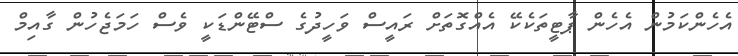
އެހެންކަމުން އެހެން ޕާޓީތަކެކޭ އެއްގޮތަށް ރައީސް ވަހީދުގެ ސްޓޭންޑަކީ ވެސް ހަމަޖެހުން ގާއިމް